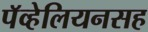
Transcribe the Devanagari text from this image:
पॅव्हेलियनसह